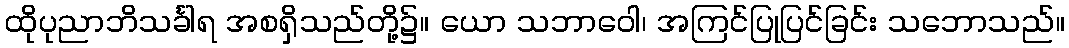
ထိုပုညာဘိသင်္ခါရ အစရှိသည်တို့၌။ ယော သဘာဝေါ၊ အကြင်ပြုပြင်ခြင်း သဘောသည်။